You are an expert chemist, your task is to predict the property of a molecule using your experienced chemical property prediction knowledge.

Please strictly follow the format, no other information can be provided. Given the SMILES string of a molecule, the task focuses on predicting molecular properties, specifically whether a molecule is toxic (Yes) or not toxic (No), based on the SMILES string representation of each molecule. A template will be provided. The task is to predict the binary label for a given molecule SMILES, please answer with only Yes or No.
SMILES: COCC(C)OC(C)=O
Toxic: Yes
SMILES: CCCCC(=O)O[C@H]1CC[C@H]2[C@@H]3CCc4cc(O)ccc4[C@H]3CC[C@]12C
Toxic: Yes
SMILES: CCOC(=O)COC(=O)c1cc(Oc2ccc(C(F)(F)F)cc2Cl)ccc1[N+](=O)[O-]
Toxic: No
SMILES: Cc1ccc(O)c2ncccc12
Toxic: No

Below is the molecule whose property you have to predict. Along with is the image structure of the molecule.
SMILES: CCC(C)Nc1c([N+](=O)[O-])cc(C(C)(C)C)cc1[N+](=O)[O-]
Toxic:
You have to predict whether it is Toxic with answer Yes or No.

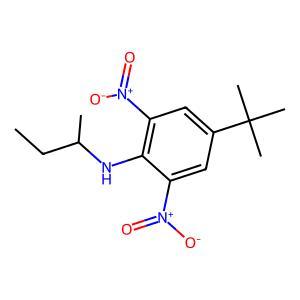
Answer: No